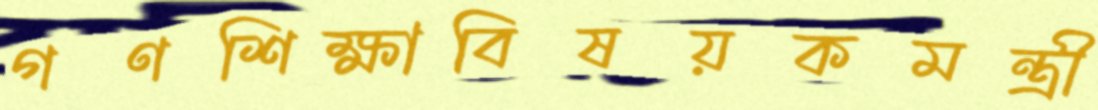
গণশিক্ষাবিষয়কমন্ত্রী